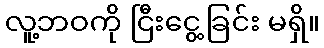
လူ့ဘဝကို ငြီးငွေ့ခြင်း မရှိ။